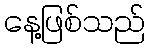
နေ့ဖြစ်သည်